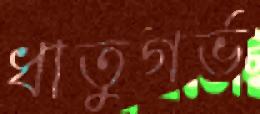
ধাতুগর্ভ